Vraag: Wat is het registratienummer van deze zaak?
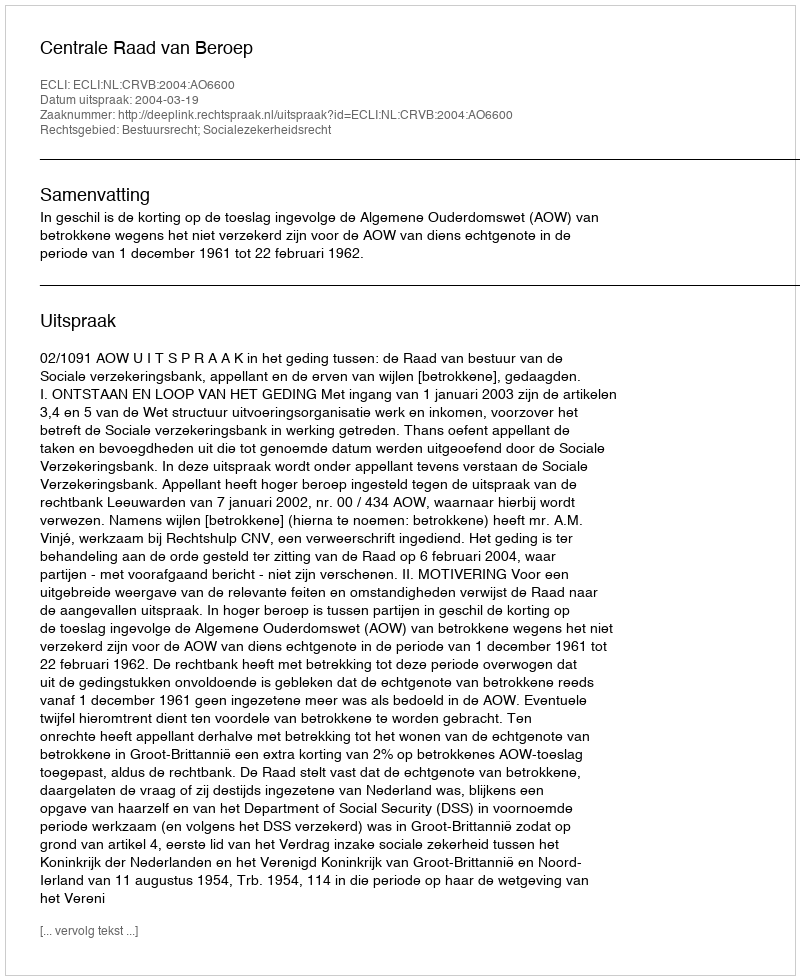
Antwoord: http://deeplink.rechtspraak.nl/uitspraak?id=ECLI:NL:CRVB:2004:AO6600